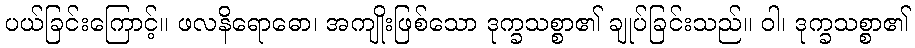
ပယ်ခြင်းကြောင့်။ ဖလနိရောဓော၊ အကျိုးဖြစ်သော ဒုက္ခသစ္စာ၏ ချုပ်ခြင်းသည်။ ဝါ၊ ဒုက္ခသစ္စာ၏